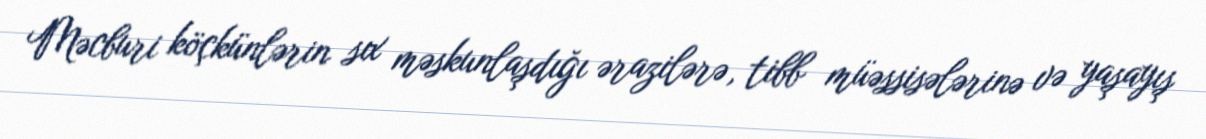
Məcburi köçkünlərin sıx məskunlaşdığı ərazilərə, tibb müəssisələrinə və yaşayış